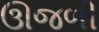
ઊજળી